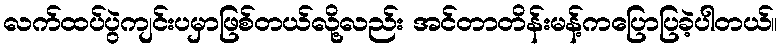
လက်ထပ်ပွဲကျင်းပမှာဖြစ်တယ်လို့လည်း အင်တာတိန်းမန့်ကပြောပြခဲ့ပါတယ်။